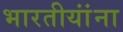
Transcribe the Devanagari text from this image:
भारतीयांंना